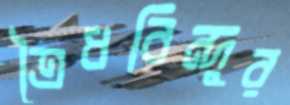
ত্রৈধবিন্দুর